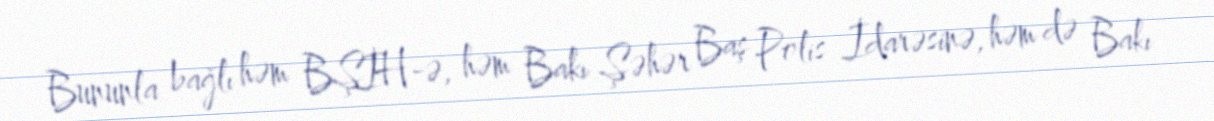
Bununla bağlı həm BŞİH-ə, həm Bakı Şəhər Baş Polis İdarəsinə, həm də Bakı